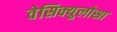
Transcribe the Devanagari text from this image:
वेसिक्युलोसा